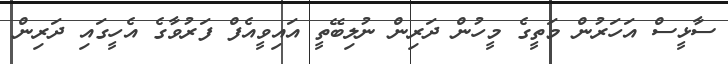
ސާޅީސް އަހަރުން މަތީގެ މީހުން ދަރިން ނުލިބޭތީ އައިވީއެފް ފަރުވާގެ އެހީގައި ދަރިން